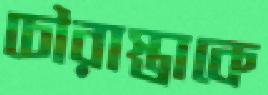
চৌরাস্তাকে